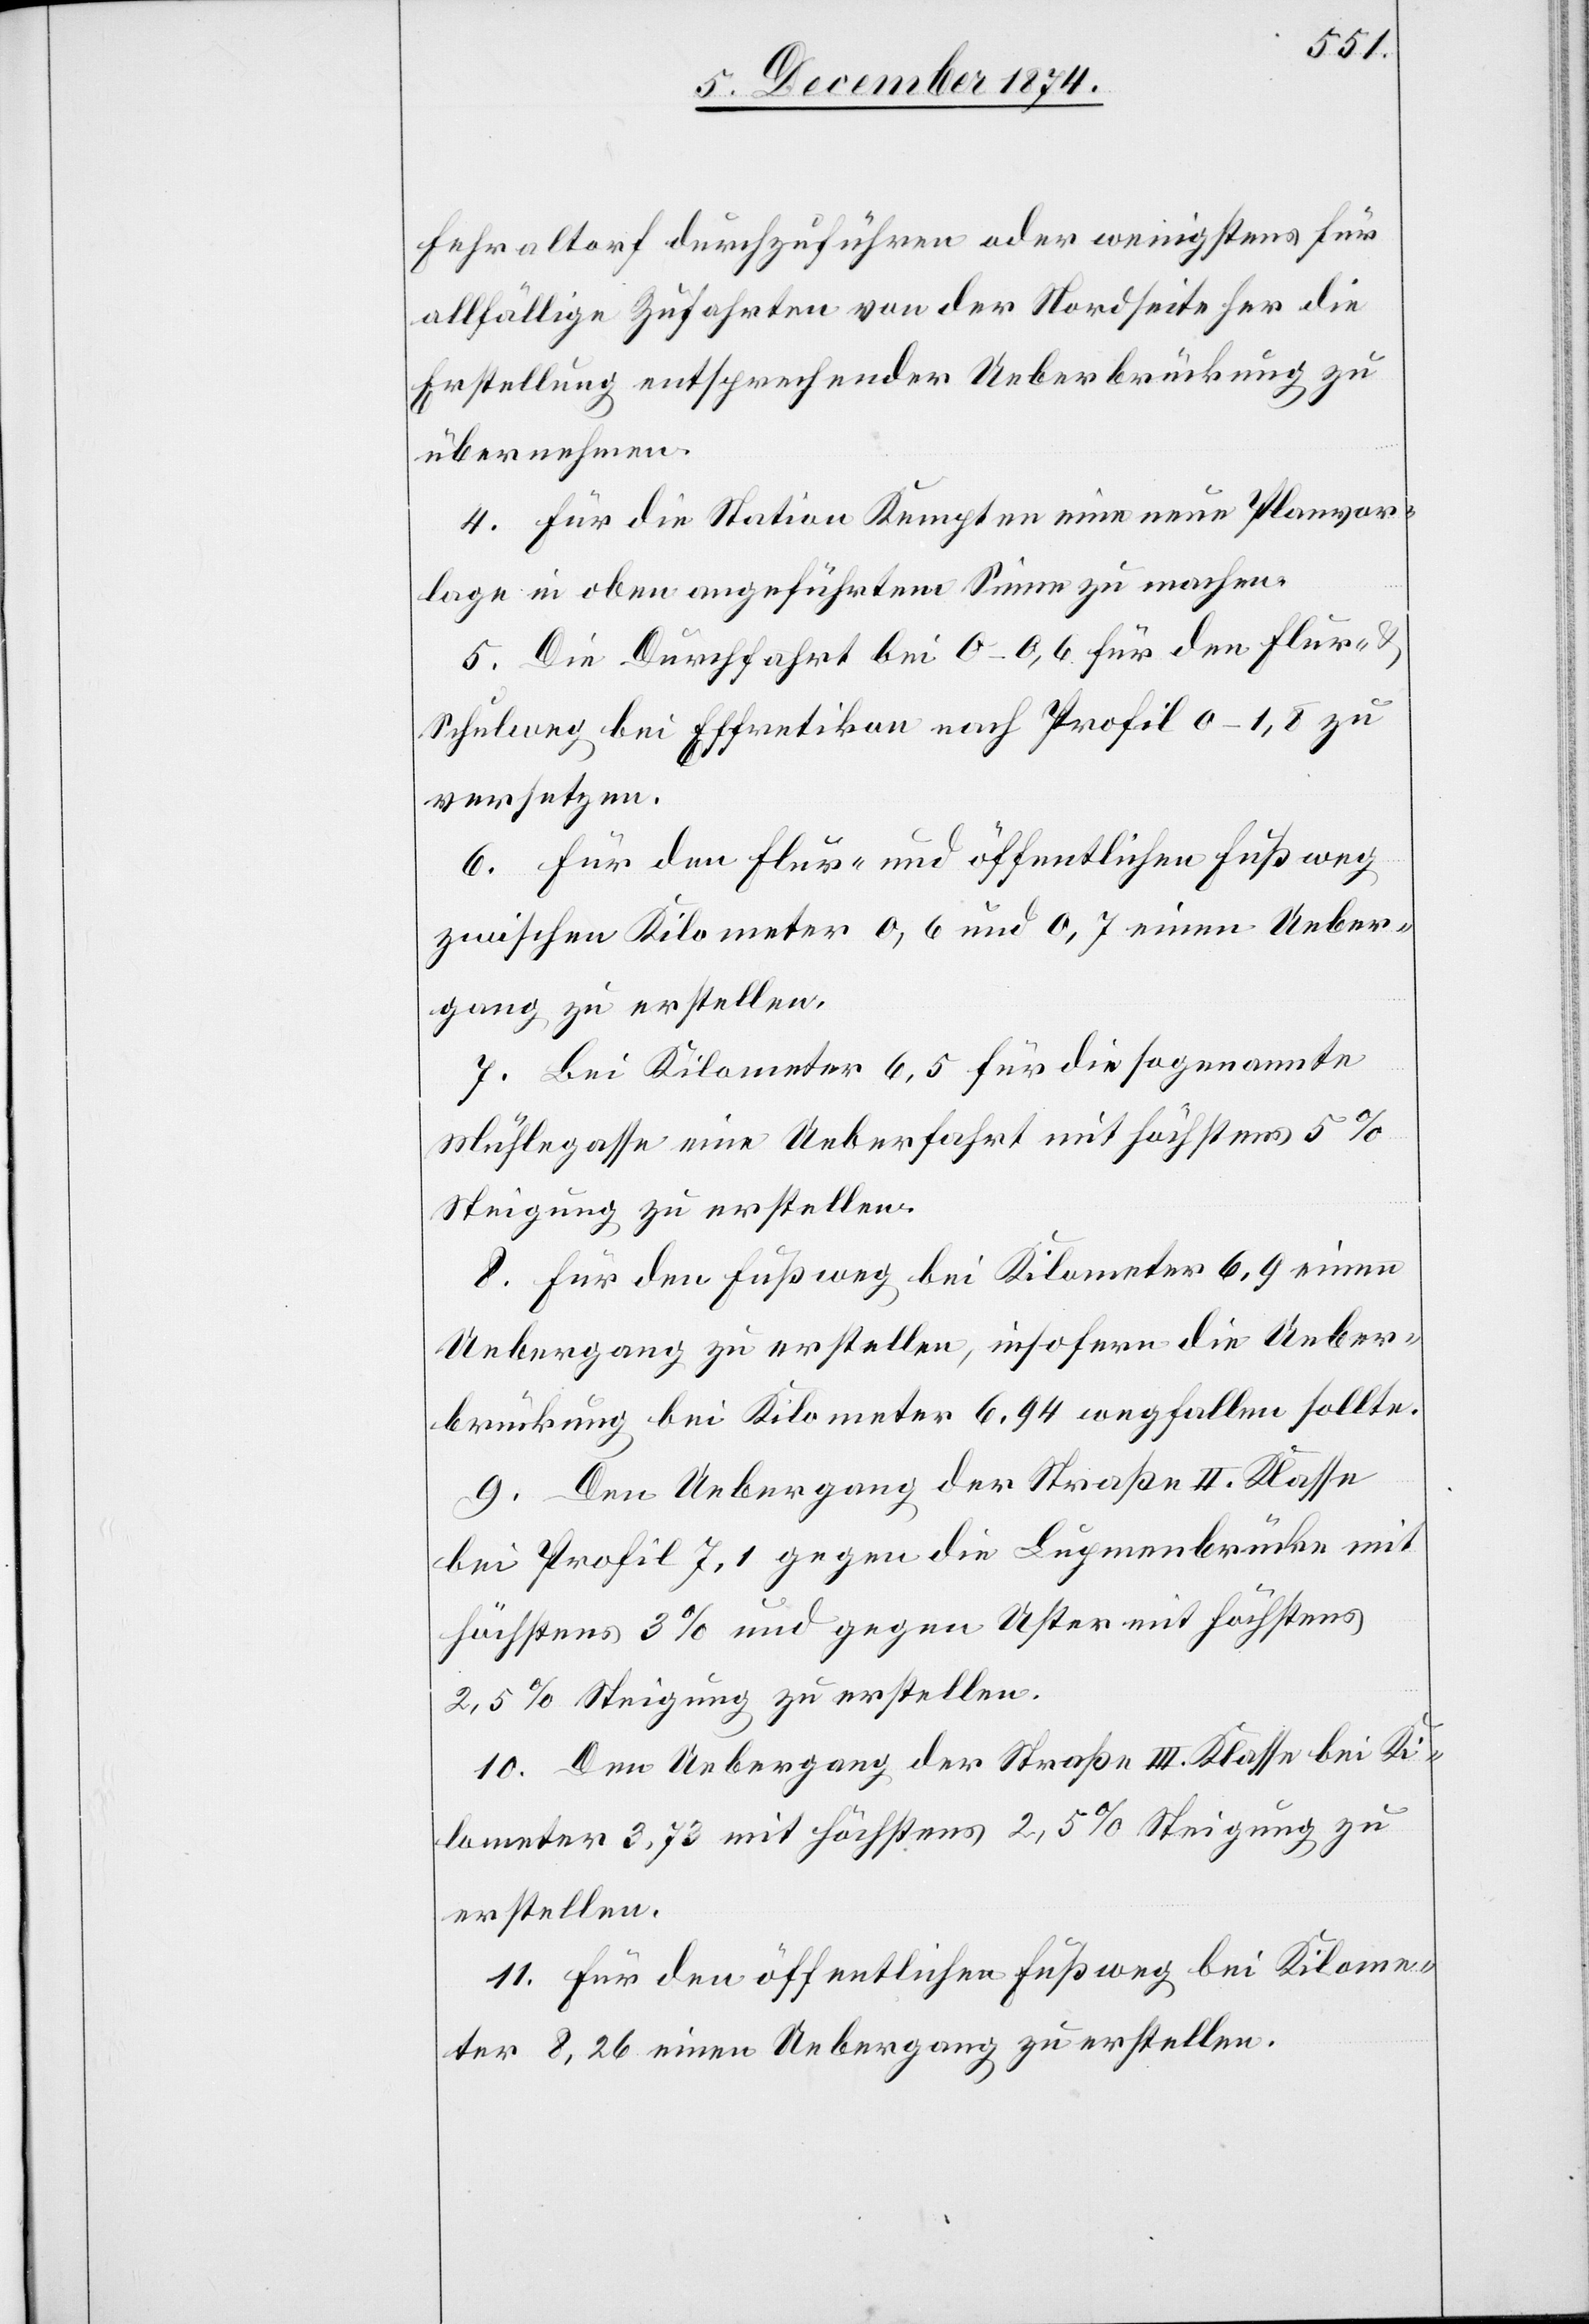
Fehraltorf durchzuführen oder wenigstens für
allfällige Zufahrten von der Nordseite her die
Erstellung entsprechender Ueberbrückung zu
übernehmen.
4. Für die Station Kempten eine neue Planvor¬
lage in oben angeführtem Sinne zu machen.
5. Die Durchfahrt bei 0–0,6 für den Flur- &
Schulweg bei Effretikon nach Profil 0–1,8 zu
versetzen.
6. Für den Flur- und öffentlichen Fußweg
zwischen Kilometer 0,6 und 0,7 einen Ueber¬
gang zu erstellen.
7. Bei Kilometer 6,5 für die sogenannte
Mühlegasse eine Ueberfahrt mit höchstens 5%
Steigung zu erstellen.
8. Für den Fußweg bei Kilometer 6,9 einen
Uebergang zu erstellen, insofern die Ueber¬
brückung bei Kilometer 6,94 wegfallen sollte.
9. Den Uebergang der Straße II. Klasse
bei Profil 7,1 gegen die Lupmenbrücke mit
höchstens 3% und gegen Uster mit höchstens
10. Den Uebergang der Straße III. Klasse bei Ki¬
lometer 3,73 mit höchstens 2,5% Steigung zu
erstellen.
11. Für den öffentlichen Fußweg bei Kilome¬
ter 8,26 einen Uebergang zu erstellen.